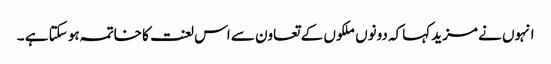
انہوں نے مزید کہاکہ دونوں ملکوں کے تعاون سے اس لعنت کا خاتمہ ہو سکتا ہے ۔